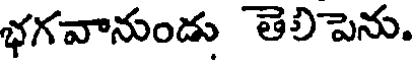
భగవానుండు తెలిపెను.